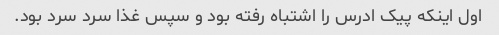
اول اینکه پیک ادرس را اشتباه رفته بود و سپس غذا سرد سرد بود.